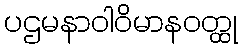
ပဌမနာဝါဝိမာနဝတ္ထု